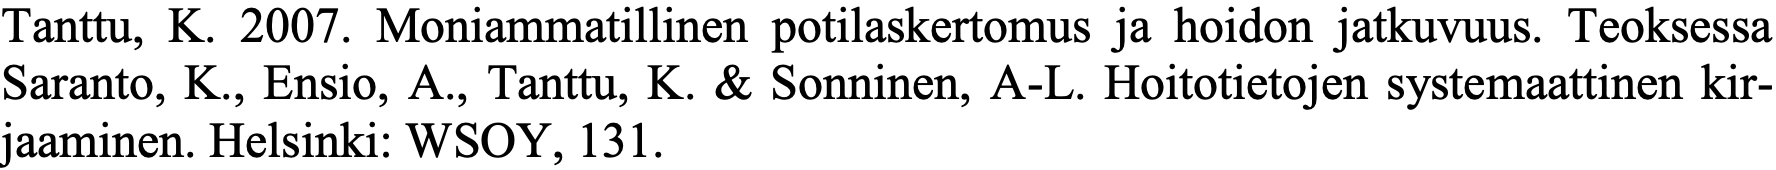
Tanttu, K. 2007. Moniammatillinen potilaskertomus ja hoidon jatkuvuus. Teoksessa Saranto, K., Ensio, A., Tanttu, K. & Sonninen, A-L. Hoitotietojen systemaattinen kir- jaaminen. Helsinki: WSOY, 131.